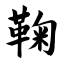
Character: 鞠